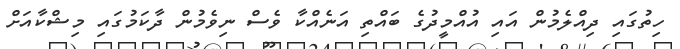
ހިތުގައި ދިއްލެމުން އައި އުއްމީދުގެ ބައްތި އަނެއްކާ ވެސް ނިވެމުން ދާކަމުގައި މިޝްކާއަށް